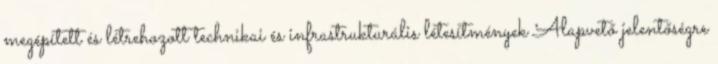
megépített és létrehozott technikai és infrastrukturális létesítmények Alapvető jelentőségre